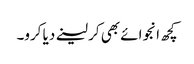
کچھ انجوائے بھی کر لینے دیا کرو۔